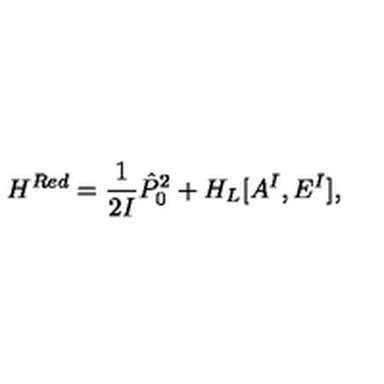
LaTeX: H ^ { R e d } = \frac { 1 } { 2 I } { \hat { P } _ { 0 } } ^ { 2 } + H _ { L } [ A ^ { I } , E ^ { I } ] ,